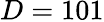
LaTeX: D=101